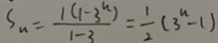
S _ { n } = \frac { 1 ( 1 - 3 ^ { n } ) } { 1 - 3 } = \frac { 1 } { 2 } ( 3 ^ { n } - 1 )